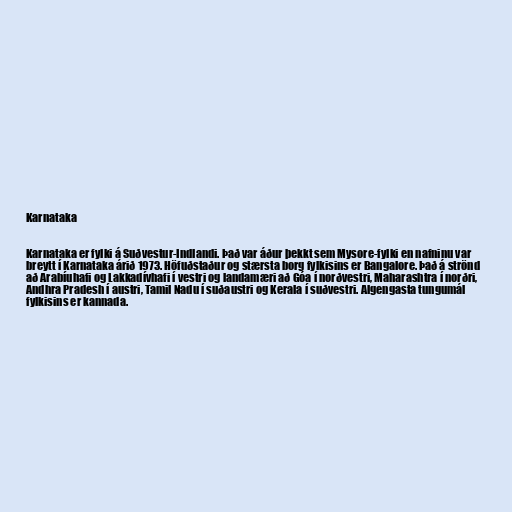
Karnataka

Karnataka er fylki á Suðvestur-Indlandi. Það var áður þekkt sem Mysore-fylki en nafninu var
breytt í Karnataka árið 1973. Höfuðstaður og stærsta borg fylkisins er Bangalore. Það á strönd
að Arabíuhafi og Lakkadívhafi í vestri og landamæri að Góa í norðvestri, Maharashtra í norðri,
Andhra Pradesh í austri, Tamil Nadu í suðaustri og Kerala í suðvestri. Algengasta tungumál
fylkisins er kannada.